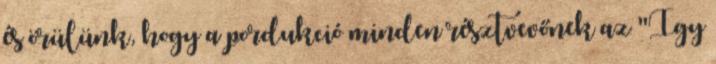
és örülünk, hogy a pordukció minden résztvevőnek az "Így